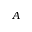
A